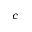
c